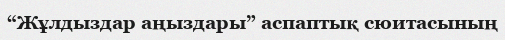
“Жұлдыздар аңыздары” аспаптық сюитасының